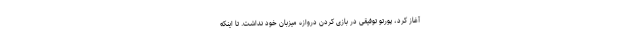
آغاز کرد، پورتو توفیقی در بازی کردن دروازه میزبان خود نداشت. تا اینکه